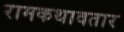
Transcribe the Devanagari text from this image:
रामकथावतार